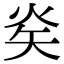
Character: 𭿿